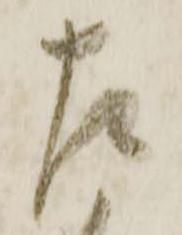
左